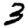
Digit: 3